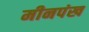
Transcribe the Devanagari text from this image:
मीनपंख